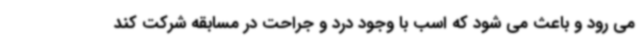
می رود و باعث می شود که اسب با وجود درد و جراحت در مسابقه شرکت کند